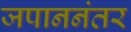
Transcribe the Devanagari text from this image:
जपाननंतर